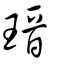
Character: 瑨